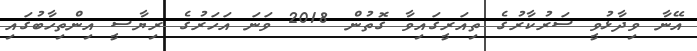
އޭނާ ވިދާޅުވީ ސަރުކާރުގެ ތިއަރީގައިވާ ގޮތުން 2018 ވަނަ އަހަރުގެ ރިޔާސީ އިންތިހާބުގައި